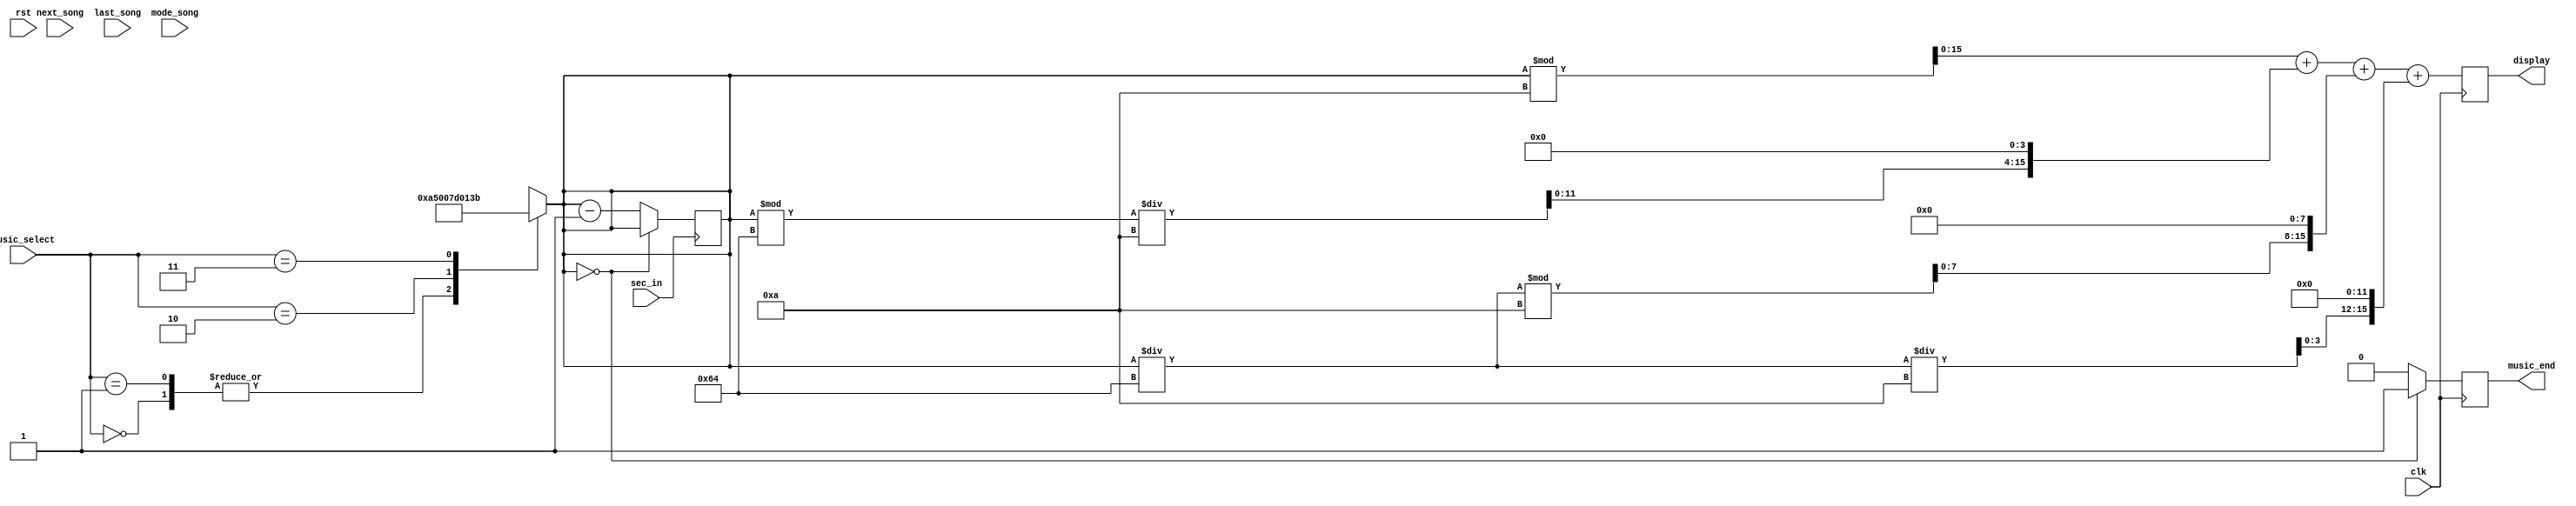
`timescale 1ns / 1ps
//////////////////////////////////////////////////////////////////////////////////
// Company: 
// Engineer: 
// 
// Design Name: 
// Module Name: music_count_down
// Project Name: 
// Target Devices: 
// Tool Versions: 
// Description: 
// 
// Dependencies: 
// 
// Revision:
// Revision 0.01 - File Created
// Additional Comments:
// 
//////////////////////////////////////////////////////////////////////////////////


module music_count_down(  
    input next_song,  // 
    input last_song,
    input clk,
    input rst,
    input sec_in,
    input mode_song,
    output reg music_end,
    input [1:0] music_select,
    output reg [15:0] display
);

    reg [15:0] counter;
    reg [15:0] total;
    reg [15:0] sec1;
    reg [15:0] sec2;
    reg [15:0] min1;
    reg [15:0] min2;
    
    parameter
        single_loop = 1'b1,
        all_loop = 1'd0;

    initial begin
        counter <= 16'd165;
        total <= 16'd165;
    end
    
    always @(music_select) begin//clk or sec_in
        case(music_select)
            2'b00: begin
                counter <= 16'd165;
                total <= 16'd165;
            end
            2'b01: begin
                counter <= 16'd165;
                total <= 16'd165;
            end
            2'b10: begin
                counter <= 16'd125;
                total <= 16'd125;
            end
            2'b11: begin
                counter <= 16'd315;
                total <= 16'd315;
            end
            default: begin
                counter <= 16'd165;
                total <= 16'd165;
            end
        endcase
    end

    always @(posedge sec_in) begin
        if(counter == 16'd0) begin
            counter <= total;
        end
        else begin
            counter <= counter - 16'b01;
        end
    end

    always @(posedge clk) begin//clk
        if(counter == 16'd0) music_end <= 1'b1;
        else music_end <= 1'b0;
    end
    
    always @(posedge clk) begin//clk

        sec1 = counter % 10;
        sec2 = counter % 100 / 10;
        min1 = counter / 100 % 10;
        min2 = counter / 100 / 10; 
        sec2 = sec2 << 4;
        min1 = min1 << 8;
        min2 = min2 << 12;
        display <= sec1 + sec2 + min1 + min2;
    end

endmodule